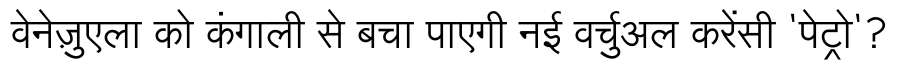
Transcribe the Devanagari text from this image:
वेनेज़ुएला को कंगाली से बचा पाएगी नई वर्चुअल करेंसी 'पेट्रो'?